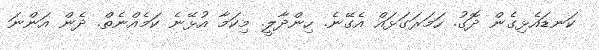
ކަނޑައެޅިގެން ދޮގު. ހަމަރަގަޅައް އެގޭނެ. ހިންދާލީ. މިކަމާ އުޅޭނެ ކަމެއްނެތް. ދެން އަންނަ